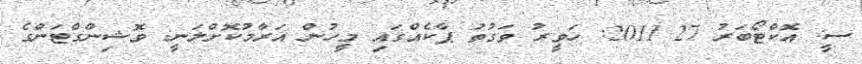
ސީ: އޮކްޓޯބަރު 27 2011: ހަވީރު ވަގުތު ޕާކެއްގައި މީހުން އަރާމުކޮށްލަނީ: ވޮޝިންގްޓަންގެ